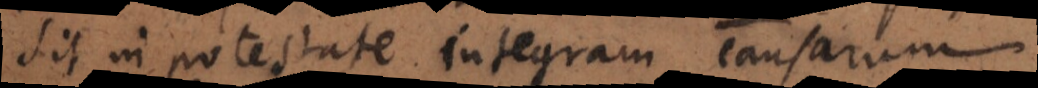
sit in potestate integram causarum